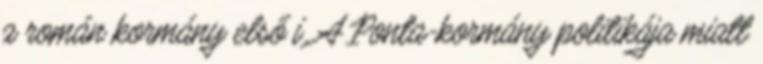
a román kormány első i. A Ponta-kormány politikája miatt